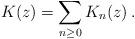
LaTeX: \begin{align*}K(z)= \sum_{n \geq 0}K_n(z)\,.\end{align*}